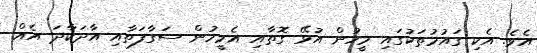
އެވެ. އެކި ގައުމުތަކުގައި މީހުން އުޅޭ ގޮތާއި އެމީހުން ސަގާފަތާއި އާދަކާދަ އެއް